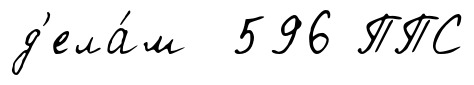
д'ела́м 596 ППС